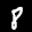
Label: 8